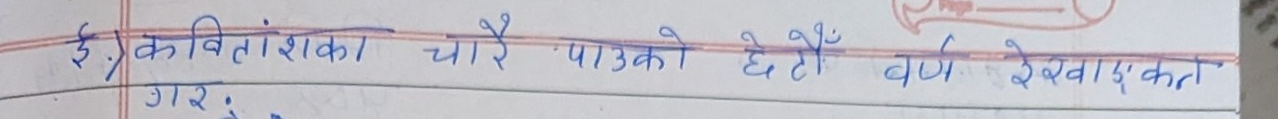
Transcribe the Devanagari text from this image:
ई.) कवितांशका चारै पाटोको छोटै वर्ण रेखांकित गर.